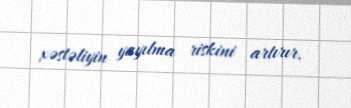
xəstəliyin yayılma riskini artırır.